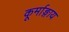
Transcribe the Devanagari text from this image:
कूर्माङ्गाय